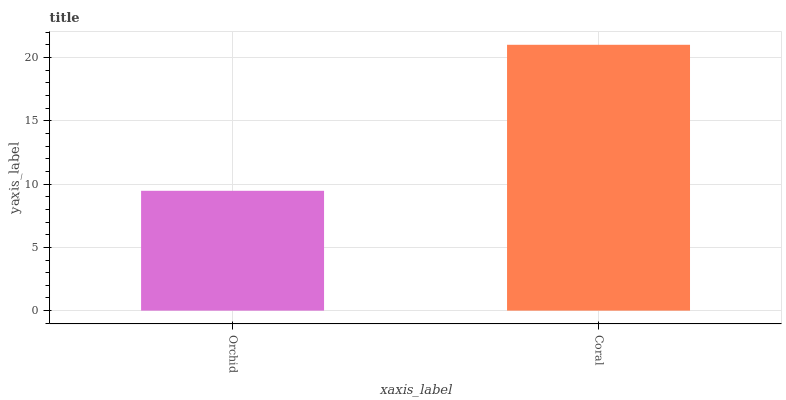
| xaxis_label | bars |
 | --- | --- |
 | Orchid | 9.47 |
 | Coral | 21 |